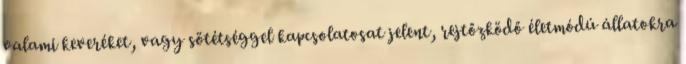
valami keveréket, vagy sötétséggel kapcsolatosat jelent, rejtőzködő életmódú állatokra